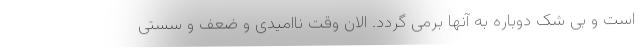
است و بی شک دوباره به آنها برمی گردد. الان وقت ناامیدی و ضعف و سستی